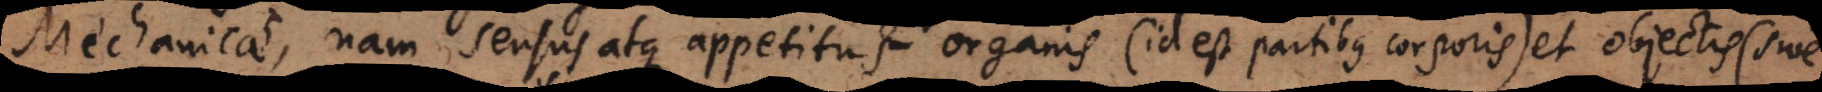
Mechanicas, nam sensus atque appetitus organis et circumstantibus corporibus sive objectis de